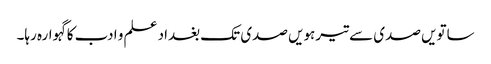
ساتویں صدی سے تیرہویں صدی تک بغداد علم و ادب کاگہوارہ رہا۔